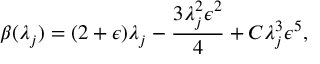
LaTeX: \beta ( \lambda _ { j } ) = ( 2 + \epsilon ) \lambda _ { j } - \frac { 3 \lambda _ { j } ^ { 2 } \epsilon ^ { 2 } } { 4 } + C \lambda _ { j } ^ { 3 } \epsilon ^ { 5 } ,